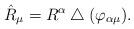
LaTeX: \begin{gather*}{\hat{R}_\mu}=R^\alpha\bigtriangleup(\varphi_{\alpha\mu}).\end{gather*}